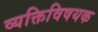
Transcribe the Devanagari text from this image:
व्यक्तिविषयक